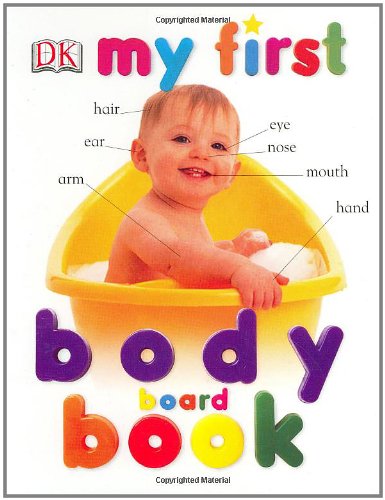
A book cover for My First Body Board Book (My 1st Board Books); DK Publishing; Children's Books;